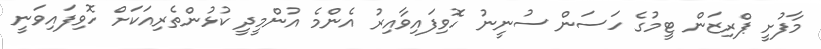
މާފުށީ ޕްރިޒަން ޓީމުގެ ހަސަން ސުނީނު ހޮވިފައިވާއިރު އެންމެ އުންމީދީ ކުޅުންތެރިއަކަށް ހޮވިފައިވަނީ